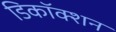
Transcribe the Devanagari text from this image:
डिकॉक्शन